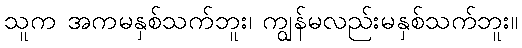
သူက အကမနှစ်သက်ဘူး၊ ကျွန်မလည်းမနှစ်သက်ဘူး။